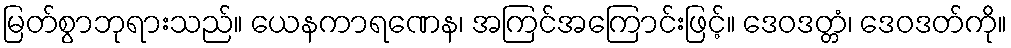
မြတ်စွာဘုရားသည်။ ယေနကာရဏေန၊ အကြင်အကြောင်းဖြင့်။ ဒေဝဒတ္တံ၊ ဒေဝဒတ်ကို။